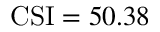
\mathrm { C S I } = 5 0 . 3 8 \